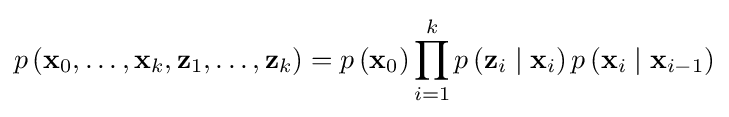
p\left(\mathbf {x} _{0},\dots ,\mathbf {x} _{k},\mathbf {z} _{1},\dots ,\mathbf {z} _{k}\right)=p\left(\mathbf {x} _{0}\right)\prod _{i=1}^{k}p\left(\mathbf {z} _{i}\mid \mathbf {x} _{i}\right)p\left(\mathbf {x} _{i}\mid \mathbf {x} _{i-1}\right)